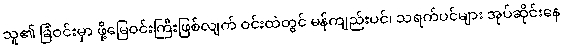
သူ၏ ခြံဝင်းမှာ ဖို့မြေဝင်းကြီးဖြစ်လျက် ဝင်းထဲတွင် မန်ကျည်းပင်၊ သရက်ပင်များ အုပ်ဆိုင်းနေ